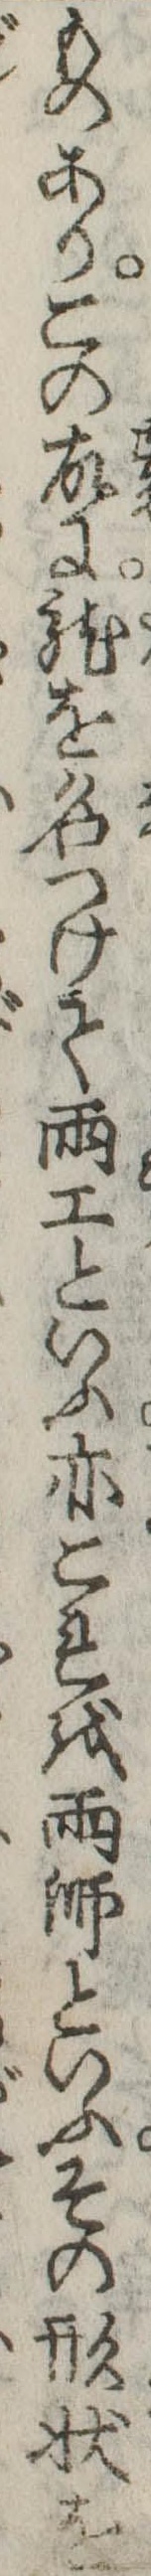
ものありこの故に竜を名つけて雨工といふ亦これを雨師といふその形状を